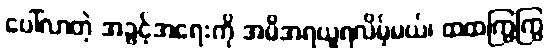
ပေါ်လာတဲ့ အခွင့်အရေးကို အမိအရယူရလိမ့်မယ်၊ ထထကြွကြွ